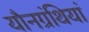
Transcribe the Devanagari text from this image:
यौनग्रंथियां